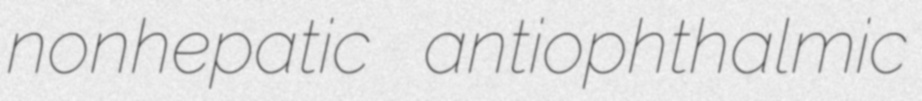
nonhepatic antiophthalmic